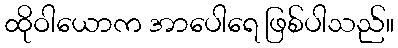
ထိုဝါယောက အာပေါရေ ဖြစ်ပါသည်။